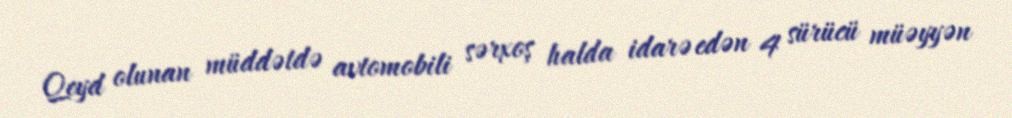
Qeyd olunan müddətdə avtomobili sərxoş halda idarə edən 4 sürücü müəyyən